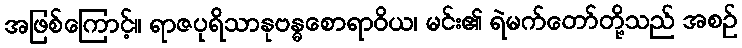
အဖြစ်ကြောင့်။ ရာဇပုရိသာနုဗန္ဓစောရာဝိယ၊ မင်း၏ ရဲမက်တော်တို့သည် အစဉ်